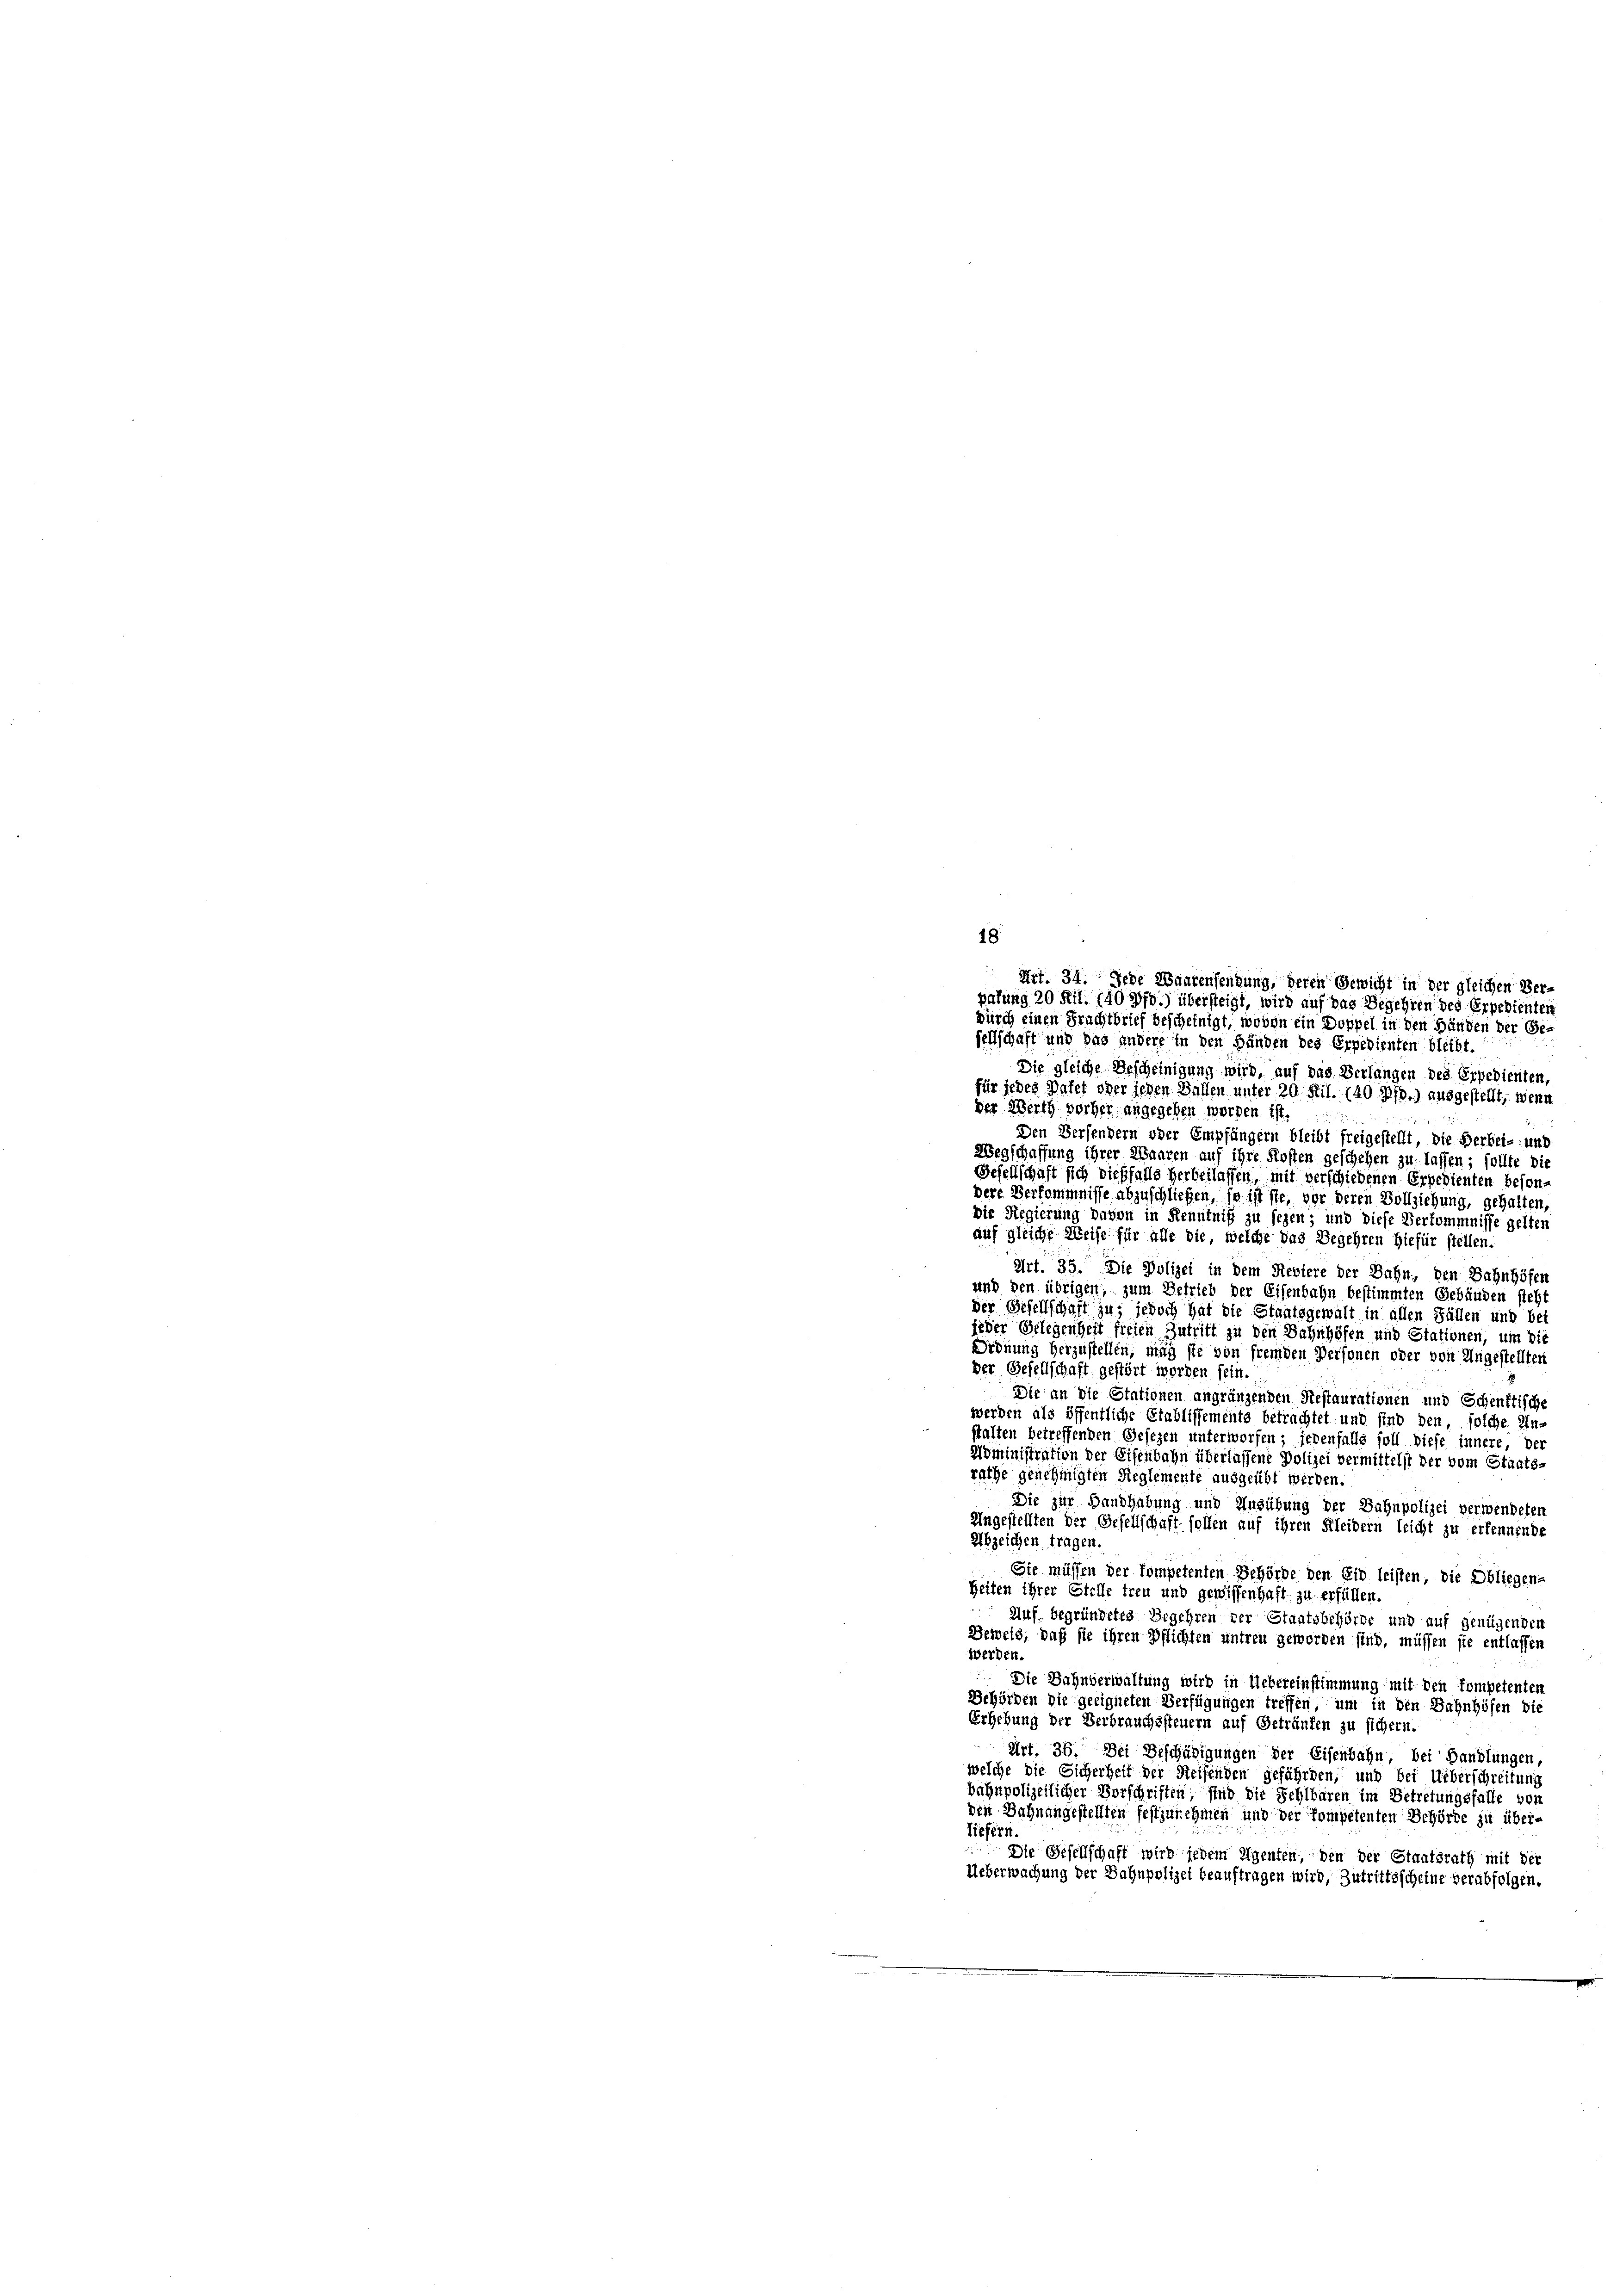
18
Art. 34. Jede Waarensendung, deren Gewicht in der gleichen Ver-
pafung 20 Ril. 140 ff.) übersteigt, wird auf das Begehren des Erpedienten
durch einen Frachtbrief bescheinigt, wovon ein Doppel in den Händen der Ge-
fellschaft und das andere in den Händen des Erpedienten bleibt.

Die gleiche Bescheinigung wird, auf das Verlangen des Erpedienten,
für jedes Vater oder jeden Ballen unter 20. Ril. (40 Pf.) ausgestellt, wenn
der Werth vorher angegeben worden ist,
Den Versendern oder Empfängern bleibt freigestellt, die Verbei- und
Wegschaffung ihrer Waaren auf ihre Kosten geschehen zu lassen; sollte die
Gesellschaft sich dießfalls herbeilassen, mit verschiedenen Erpedienten besondere Verkommnisse abzuschließen, so ist sie, vor deren Vollziehung, gehalten
Die Regierung davon in Kenntniß zu seyen; und diese Verkommnisse gelten
auf gleiche Weise für alle die, welche das Begehren hiefür stellen.
Art. 35. Die Polizei in dem Reviere der Bahn, den Bahnhöfen
und den übrigen, zum Betrieb der Eisenbahn bestimmten Gebäuden steht
der Gesellschaft zu; jedoch hat die Staatsgewalt in allen Fällen und bei
jeder Gelegenheit freien Zutritt zu den Bahnhöfen und Stationen, um die
Ordnung herzustellen; mag sie von fremden Personen oder von Ungestellten
der Gesellschaft gestört worden sein.
Die an die Stationen angränzenden Restaurationen und Schenftische
werden als öffentliche Etablissements betrachtet und sind den, solche Un-
stalten betreffenden Gesezen unterworfen; jedenfalls soll diese innere, der
Ayministration der Eisenbahn überlassene Polizei vermittelst der vom Staats-
rathe genehmigten Reglemente ausgeübt werden.
Die zur Handhabung und Ausübung der Bahnpolizei verwendeten
Ungestellten der Gesellschaft sollen auf ihren Kleidern leicht zu erkennende
Abzeichen tragen.
Sie müssen der kompetenten Behörde den Eid leisten, die Obliegens
Zeiten ihrer Stelle treu und gewissenhaft zu erfüllen.
Auf begründetes Begehren der Staatsbehörde und auf genügenden
Beweis, daß sie ihren Pflichten untreu geworden sind, müssen sie entlassen
Werden.
Die Bahnverwaltung wird in Uebereinstimmung mit den Pompetenten
Behörden die geeigneten Verfügungen treffen, um in den Bahnhöfen die
Erhebung der Verbrauchssteuern auf Getränken zu sichern.
Art. 36. Bei Beschädigungen der Eisenbahn, bei Handlungen,
welche die Sicherheit der Reifenden gefährden, und bei Ueberschreitung
bähnpolizeilicher Vorschriften, sind die Fehlbaren im Betretungsfalle von
den Bahnangestellten festzunehmen und der kompetenten Behörde zu über-
liefern.
 Die Gesellschaft wird jedem Eigenten, den der Staatsrath mit der
Ueberwachung der Bahnpolizei beauftragen wird, Zutrittsscheine verabfolgen.